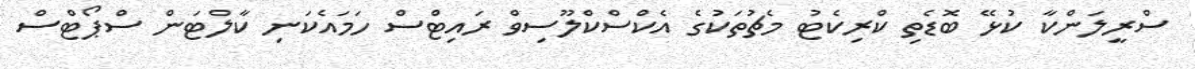
ސްރީލަންކާ ކުޅޭ ބޮޑެތި ކްރިކެޓު މެޗުތަކުގެ އެކްސްކްލޫސިވް ރައިޓްސް ހަމައެކަނި ކާލްޓަން ސްޕޯޓްސް